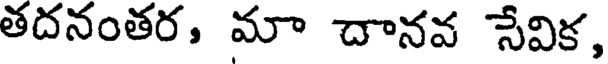
తదనంతర, మా దానవ సేవిక,